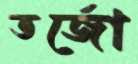
তর্জো